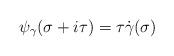
LaTeX: \begin{align*}\psi_\gamma( \sigma + i \tau) = \tau \dot{\gamma}(\sigma)\end{align*}